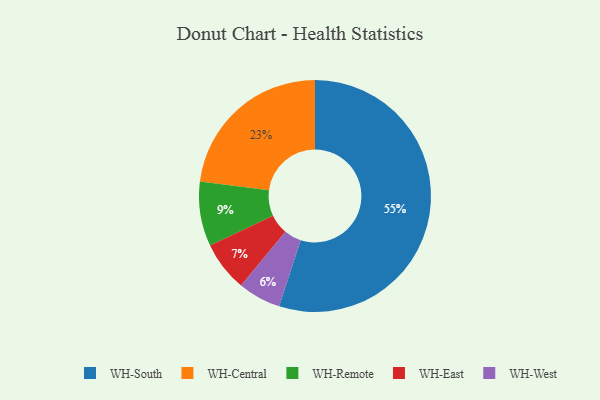
{"axis": {"x": "Category", "y": "Percentage"}, "legend": ["WH-Central", "WH-East", "WH-Remote", "WH-South", "WH-West"], "data": [{"x": "WH-East", "y": 7, "type": "WH-East"}, {"x": "WH-Remote", "y": 9, "type": "WH-Remote"}, {"x": "WH-South", "y": 55, "type": "WH-South"}, {"x": "WH-Central", "y": 23, "type": "WH-Central"}, {"x": "WH-West", "y": 6, "type": "WH-West"}]}